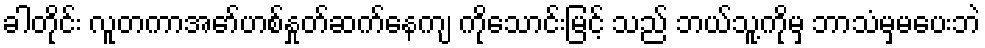
ခါတိုင်း လူတကာအော်ဟစ်နှုတ်ဆက်နေကျ ကိုသောင်းမြင့် သည် ဘယ်သူ့ကိုမှ ဘာသံမှမပေးဘဲ